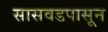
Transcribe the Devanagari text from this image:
सासवडपासून